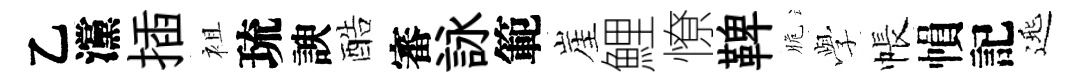
乙灙插袓琉諛酷審詠範崖鯉憭鞞脆𫝯帳𢄙記𨓱